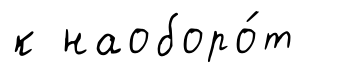
к наоборо́т